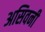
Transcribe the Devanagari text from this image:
असिवनी